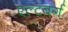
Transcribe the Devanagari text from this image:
एल्टबर्ग